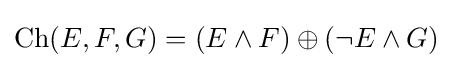
\operatorname {Ch} (E,F,G)=(E\land F)\oplus (\neg E\land G)